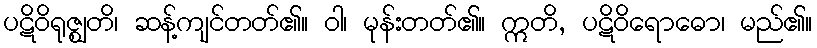
ပဋိဝိရုဇ္ဈတိ၊ ဆန့်ကျင်တတ်၏။ ဝါ၊ မုန်းတတ်၏။ ဣတိ, ပဋိဝိရောဓော၊ မည်၏။